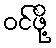
ဝင်ဖို့